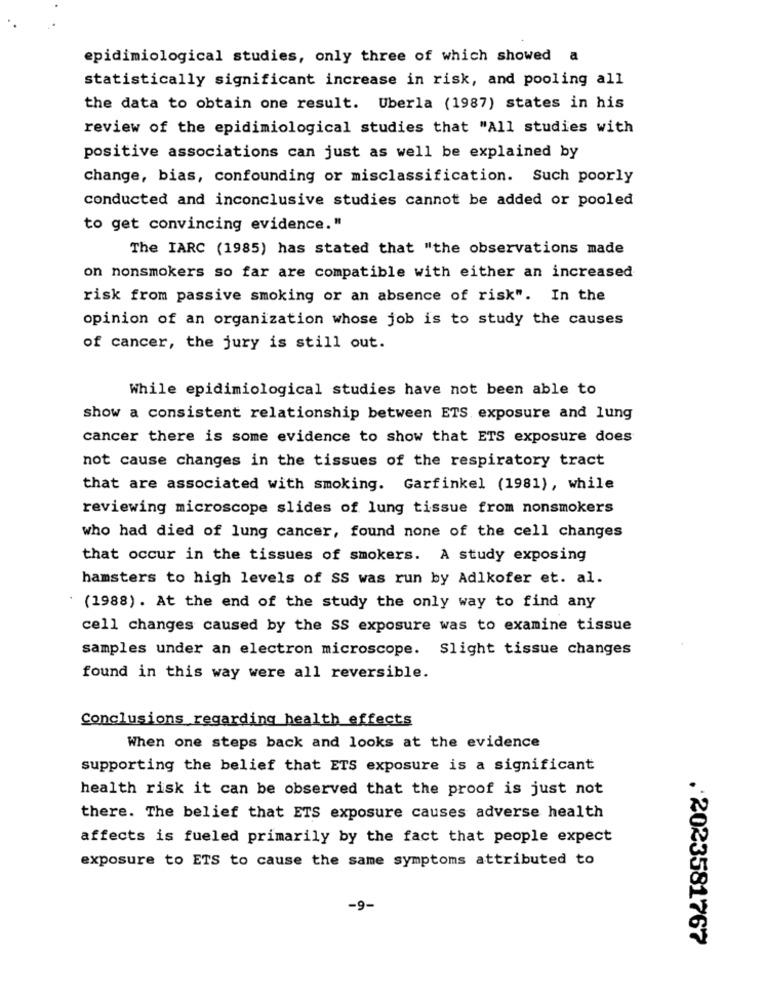
epidimiological studies, only three of which showed a
statistically significant increase in risk, and pooling all
the data to obtain one result. Uberla (1987) states in his
review of the epidimiological studies that "All studies with
positive associations can just as well be explained by
change, bias, confounding or misclassification. Such poorly
conducted and inconclusive studies cannot be added or pooled
to get convincing evidence."
The IARC (1985) has stated that "the observations made
on nonsmokers so far are compatible with either an increased
risk from passive smoking or an absence of risk". In the
opinion of an organization whose job is to study the causes
of cancer, the jury is still out.
While epidimiological studies have not been able to
show a consistent relationship between ETS exposure and lung
cancer there is some evidence to show that ETS exposure does
not cause changes in the tissues of the respiratory tract
that are associated with smoking. Garfinkel (1981), while
reviewing microscope slides of lung tissue from nonsmokers
who had died of lung cancer, found none of the cell changes
that occur in the tissues of smokers. A study exposing
hamsters to high levels of SS was run by Adlkofer et. al.
(1988). At the end of the study the only way to find any
cell changes caused by the SS exposure was to examine tissue
samples under an electron microscope. Slight tissue changes
found in this way were all reversible.
Conclusions regarding health effects
When one steps back and looks at the evidence
supporting the belief that ETS exposure is a significant
health risk it can be observed that the proof is just not
there. The belief that ETS exposure causes adverse health
affects is fueled primarily by the fact that people expect
exposure to ETS to cause the same symptoms attributed to
-9-
.2023581767